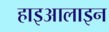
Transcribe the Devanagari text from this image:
हाइआलाइन